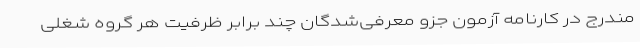
مندرج در کارنامه آزمون جزو معرفی‌شدگان چند برابر ظرفیت هر گروه شغلی